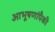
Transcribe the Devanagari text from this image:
आभूषणांपैकी